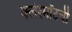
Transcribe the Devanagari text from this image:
क्लेरमोंटची